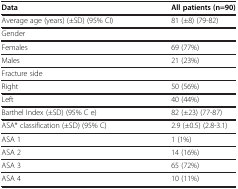
| Data | All patients (n=90) |
 | --- | --- |
 | Average age (years) (±SD) (95% CI) | 81 (±8) (79-82) |
 | Gender |  |
 | Females | 69 (77%) |
 | Males | 21 (23%) |
 | Fracture side |  |
 | Right | 50 (56%) |
 | Left | 40 (44%) |
 | Barthel Index (±SD) (95% C e) | 82 (±23) (77-87) |
 | ASA* classification (±SD) (95% C) | 2.9 (±0.5) (2.8-3.1) |
 | ASA 1 | 1 (1%) |
 | ASA 2 | 14 (16%) |
 | ASA 3 | 65 (72%) |
 | ASA 4 | 10 (11%) |